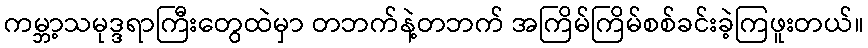
ကမ္ဘာ့သမုဒ္ဒရာကြီးတွေထဲမှာ တဘက်နဲ့တဘက် အကြိမ်ကြိမ်စစ်ခင်းခဲ့ကြဖူးတယ်။